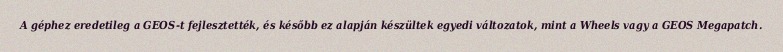
A géphez eredetileg a GEOS-t fejlesztették, és később ez alapján készültek egyedi változatok, mint a Wheels vagy a GEOS Megapatch.